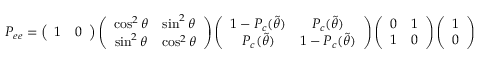
P _ { e e } = \left( \begin{array} { c c } { { 1 } } & { { 0 } } \end{array} \right) \left( \begin{array} { c c } { { \cos ^ { 2 } \theta } } & { { \sin ^ { 2 } \theta } } \\ { { \sin ^ { 2 } \theta } } & { { \cos ^ { 2 } \theta } } \end{array} \right) \left( \begin{array} { c c } { { 1 - P _ { c } ( \tilde { \theta } ) } } & { { P _ { c } ( \tilde { \theta } ) } } \\ { { P _ { c } ( \tilde { \theta } ) } } & { { 1 - P _ { c } ( \tilde { \theta } ) } } \end{array} \right) \left( \begin{array} { c c } { { 0 } } & { { 1 } } \\ { { 1 } } & { { 0 } } \end{array} \right) \left( \begin{array} { c } { { 1 } } \\ { { 0 } } \end{array} \right) \ ,